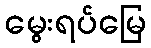
မွေးရပ်မြေ